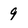
Character: 9